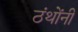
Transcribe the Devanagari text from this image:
ठंथोंनी